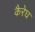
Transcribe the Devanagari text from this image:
कैरेघ